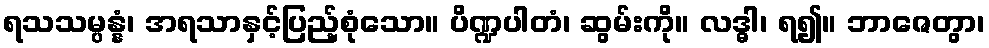
ရသသမ္ပန္နံ၊ အရသာနှင့်ပြည့်စုံသော။ ပိဏ္ဍပါတံ၊ ဆွမ်းကို။ လဒ္ဓါ၊ ရ၍။ ဘာဇေတွာ၊